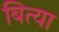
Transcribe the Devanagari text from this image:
बित्या